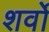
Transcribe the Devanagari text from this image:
शर्वो